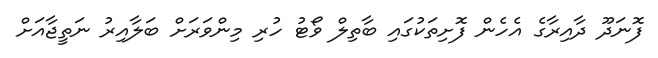
ފޮނަދޫ ދާއިރާގެ އެހެން ފޮށިތަކުގައި ބާތިލް ވޯޓު ހުރި މިންވަރަށް ބަލާއިރު ނަތީޖާއަށް